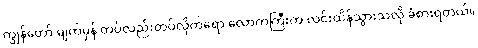
ကျွန်တော် မျက်မှန် တပ်လည်းတပ်လိုက်ရော လောကကြီးက လင်းထိန်သွားသလို ခံစားရတယ်။